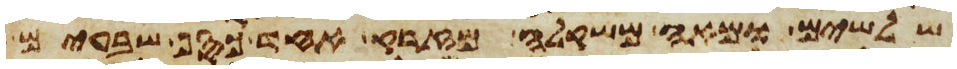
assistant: שלשים ומאה משקלה מזרק אחד כסף שבעים